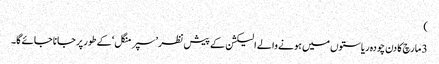
)
3 مارچ کا دن چودہ ریاستوں میں ہونے والے الیکشن کے پیش نظر ’سپر منگل ‘کے طور پر جانا جائے گا۔